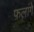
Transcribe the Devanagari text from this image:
फ़लांगे